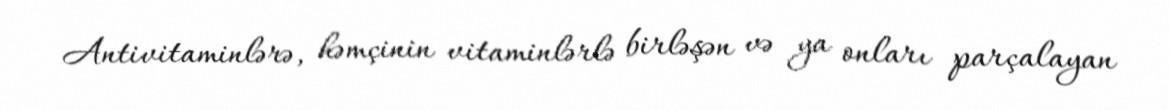
Antivitaminlərə, həmçinin vitaminlərlə birləşən və ya onları parçalayan